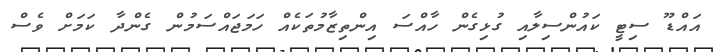
އައްޑޫ ސިޓީ ކައުންސިލާއި ގުޅިގެން ހާއްސަ އިންތިޒާމުތަކެއް ހަމަޖައްސަމުން ގެންދާ ކަމަށް ވެސް